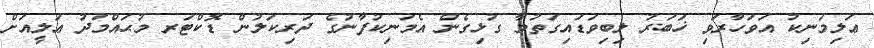
ޢަލިމަނިކު އަވަހާރަވި ޚަބަރު ލިބިވަޑައިގަތުމާ ގުޅިގެން އެމަނިކުފާނުގެ ދަރިކަލުން ޑޮކްޓަރ މުޙައްމަދު ޢަލީއަށް